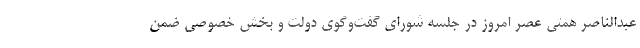
عبدالناصر همتی عصر امروز در جلسه شورای گفت‌وگوی دولت و بخش خصوصی ضمن